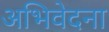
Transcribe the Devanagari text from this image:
अभिवेदना